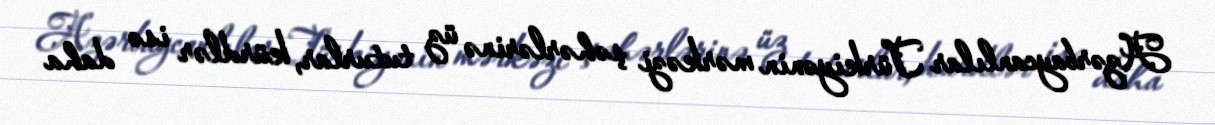
Azərbaycanlılar Türkiyənin mərkəzi şəhərlərinə üz tuturlar, kürdlər isə daha